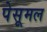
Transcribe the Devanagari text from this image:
पेसूमल